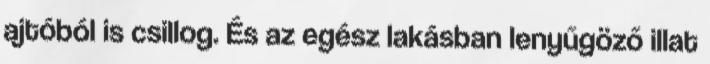
ajtóból is csillog. És az egész lakásban lenyűgöző illat